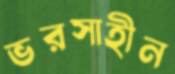
ভরসাহীন